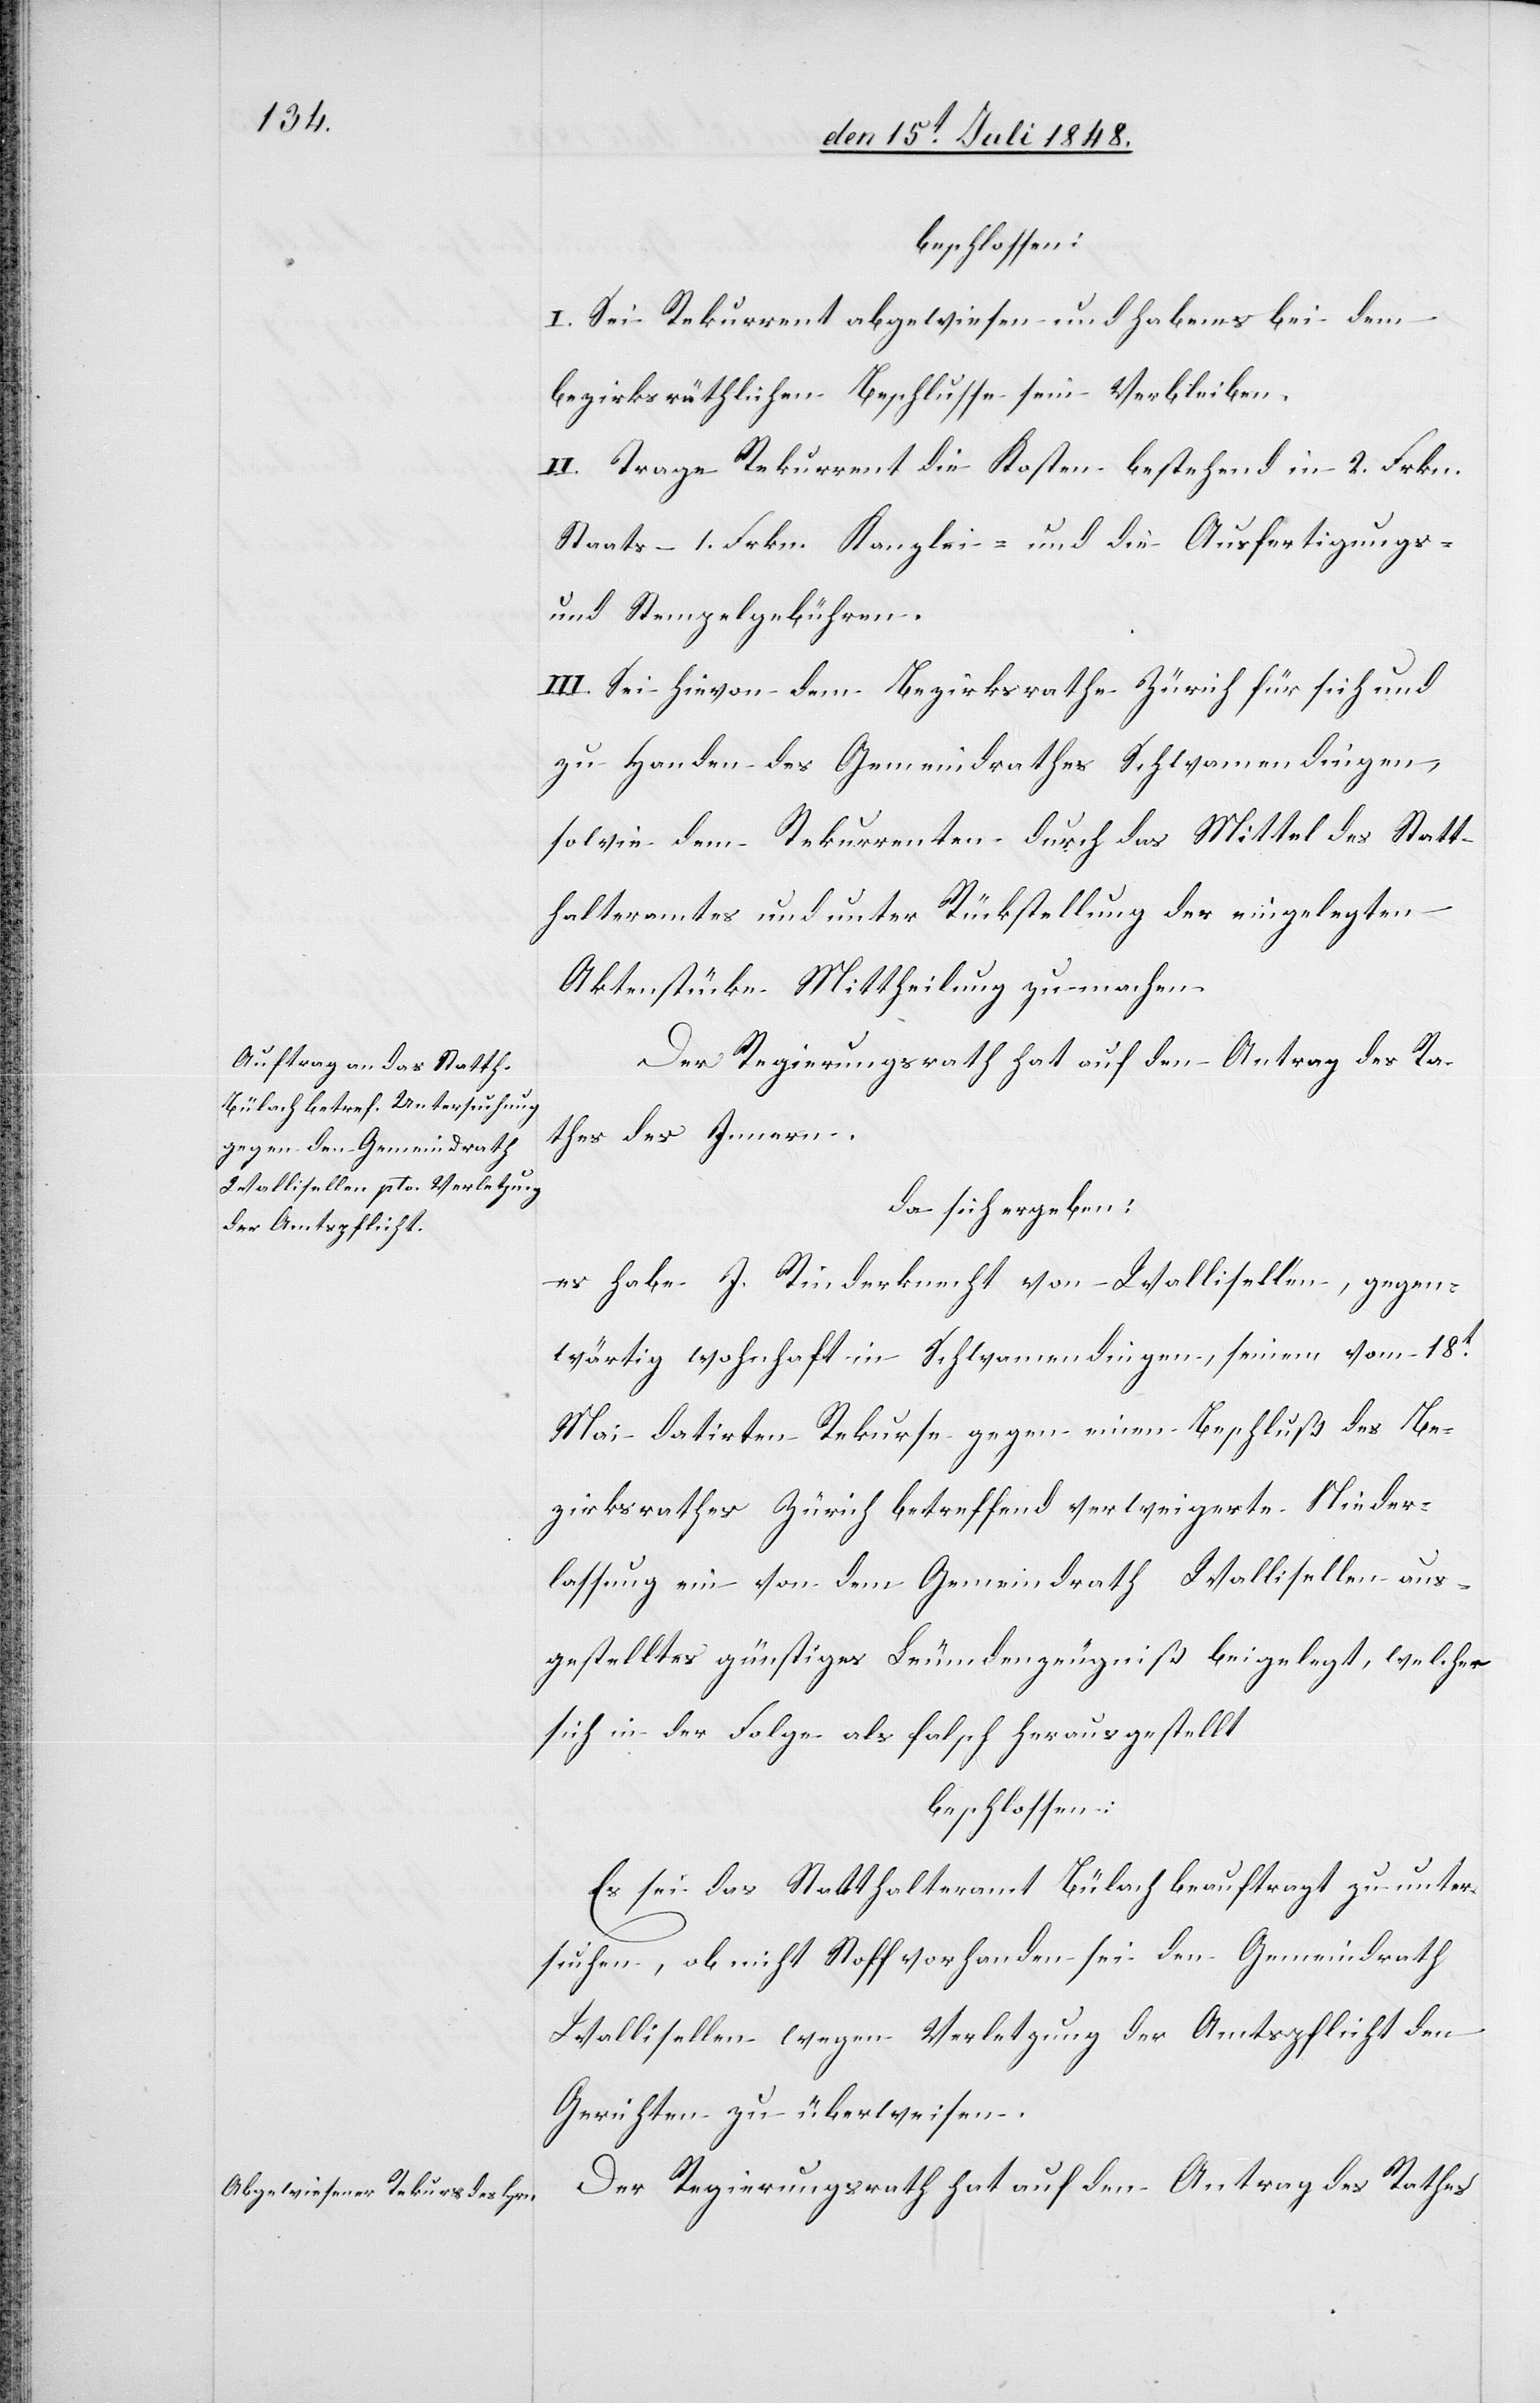
beschlossen:
I. Sei Rekurrent abgewiesen und habe es bei dem
bezirksräthlichen Beschlusse sein Verbleiben.
II. Trage Rekurrent die Kosten bestehend in 2. Frkn.
Staats- 1. Frkn. Kanzlei- und die Ausfertigungs-
und Stempelgebühren.
II. Sei hievon dem Bezirksrathe Zürich für sich und
zu Handen des Gemeindrathes Schwamendingen,
sowie dem Rekurrenten durch das Mittel des Statt¬
halteramtes und unter Rückstellung der eingelegten
Aktenstücke Mittheilung zu machen.
Der Regierungsrath hat auf den Antrag des Ra¬
thes des Innern.
da sich ergeben:
es habe J. Rinderknecht von Wallisellen, gegen¬
wärtig wohnhaft in Schwamendingen, seinem vom 18t
Mai datirten Rekurse gegen einen Beschluß des Be¬
zirksrathes Zürich betreffend verweigerte Nieder¬
lassungsbewilligung ein von dem Gemeindrath Wallisellen aus¬
gestelltes günstiges Leumdenszeugniß beigelegt, welches
sich in der Folge als falsch herausgestellt
beschlossen:
Es sei das Statthalteramt Bülach beauftragt, zu unter¬
suchen, ob nicht Stoff vorhanden sei den Gemeindrath
Wallisellen wegen Verletzung der Amtspflicht den
Gerichten zu überweisen.
Der Regierungsrath hat auf den Antrag des Rathes